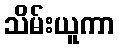
သိမ်းယူကာ